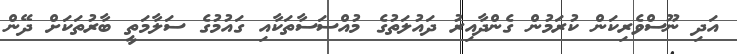
އަދި ނޫސްވެރިކަން ކުރަމުން ގެންދާއިރު ދައުލަތުގެ މުއްސަސާތަކާއި ގައުމުގެ ސަލާމަތީ ބާރުތަކަށް ދޭން